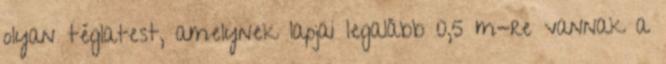
olyan téglatest, amelynek lapjai legalább 0,5 m-re vannak a